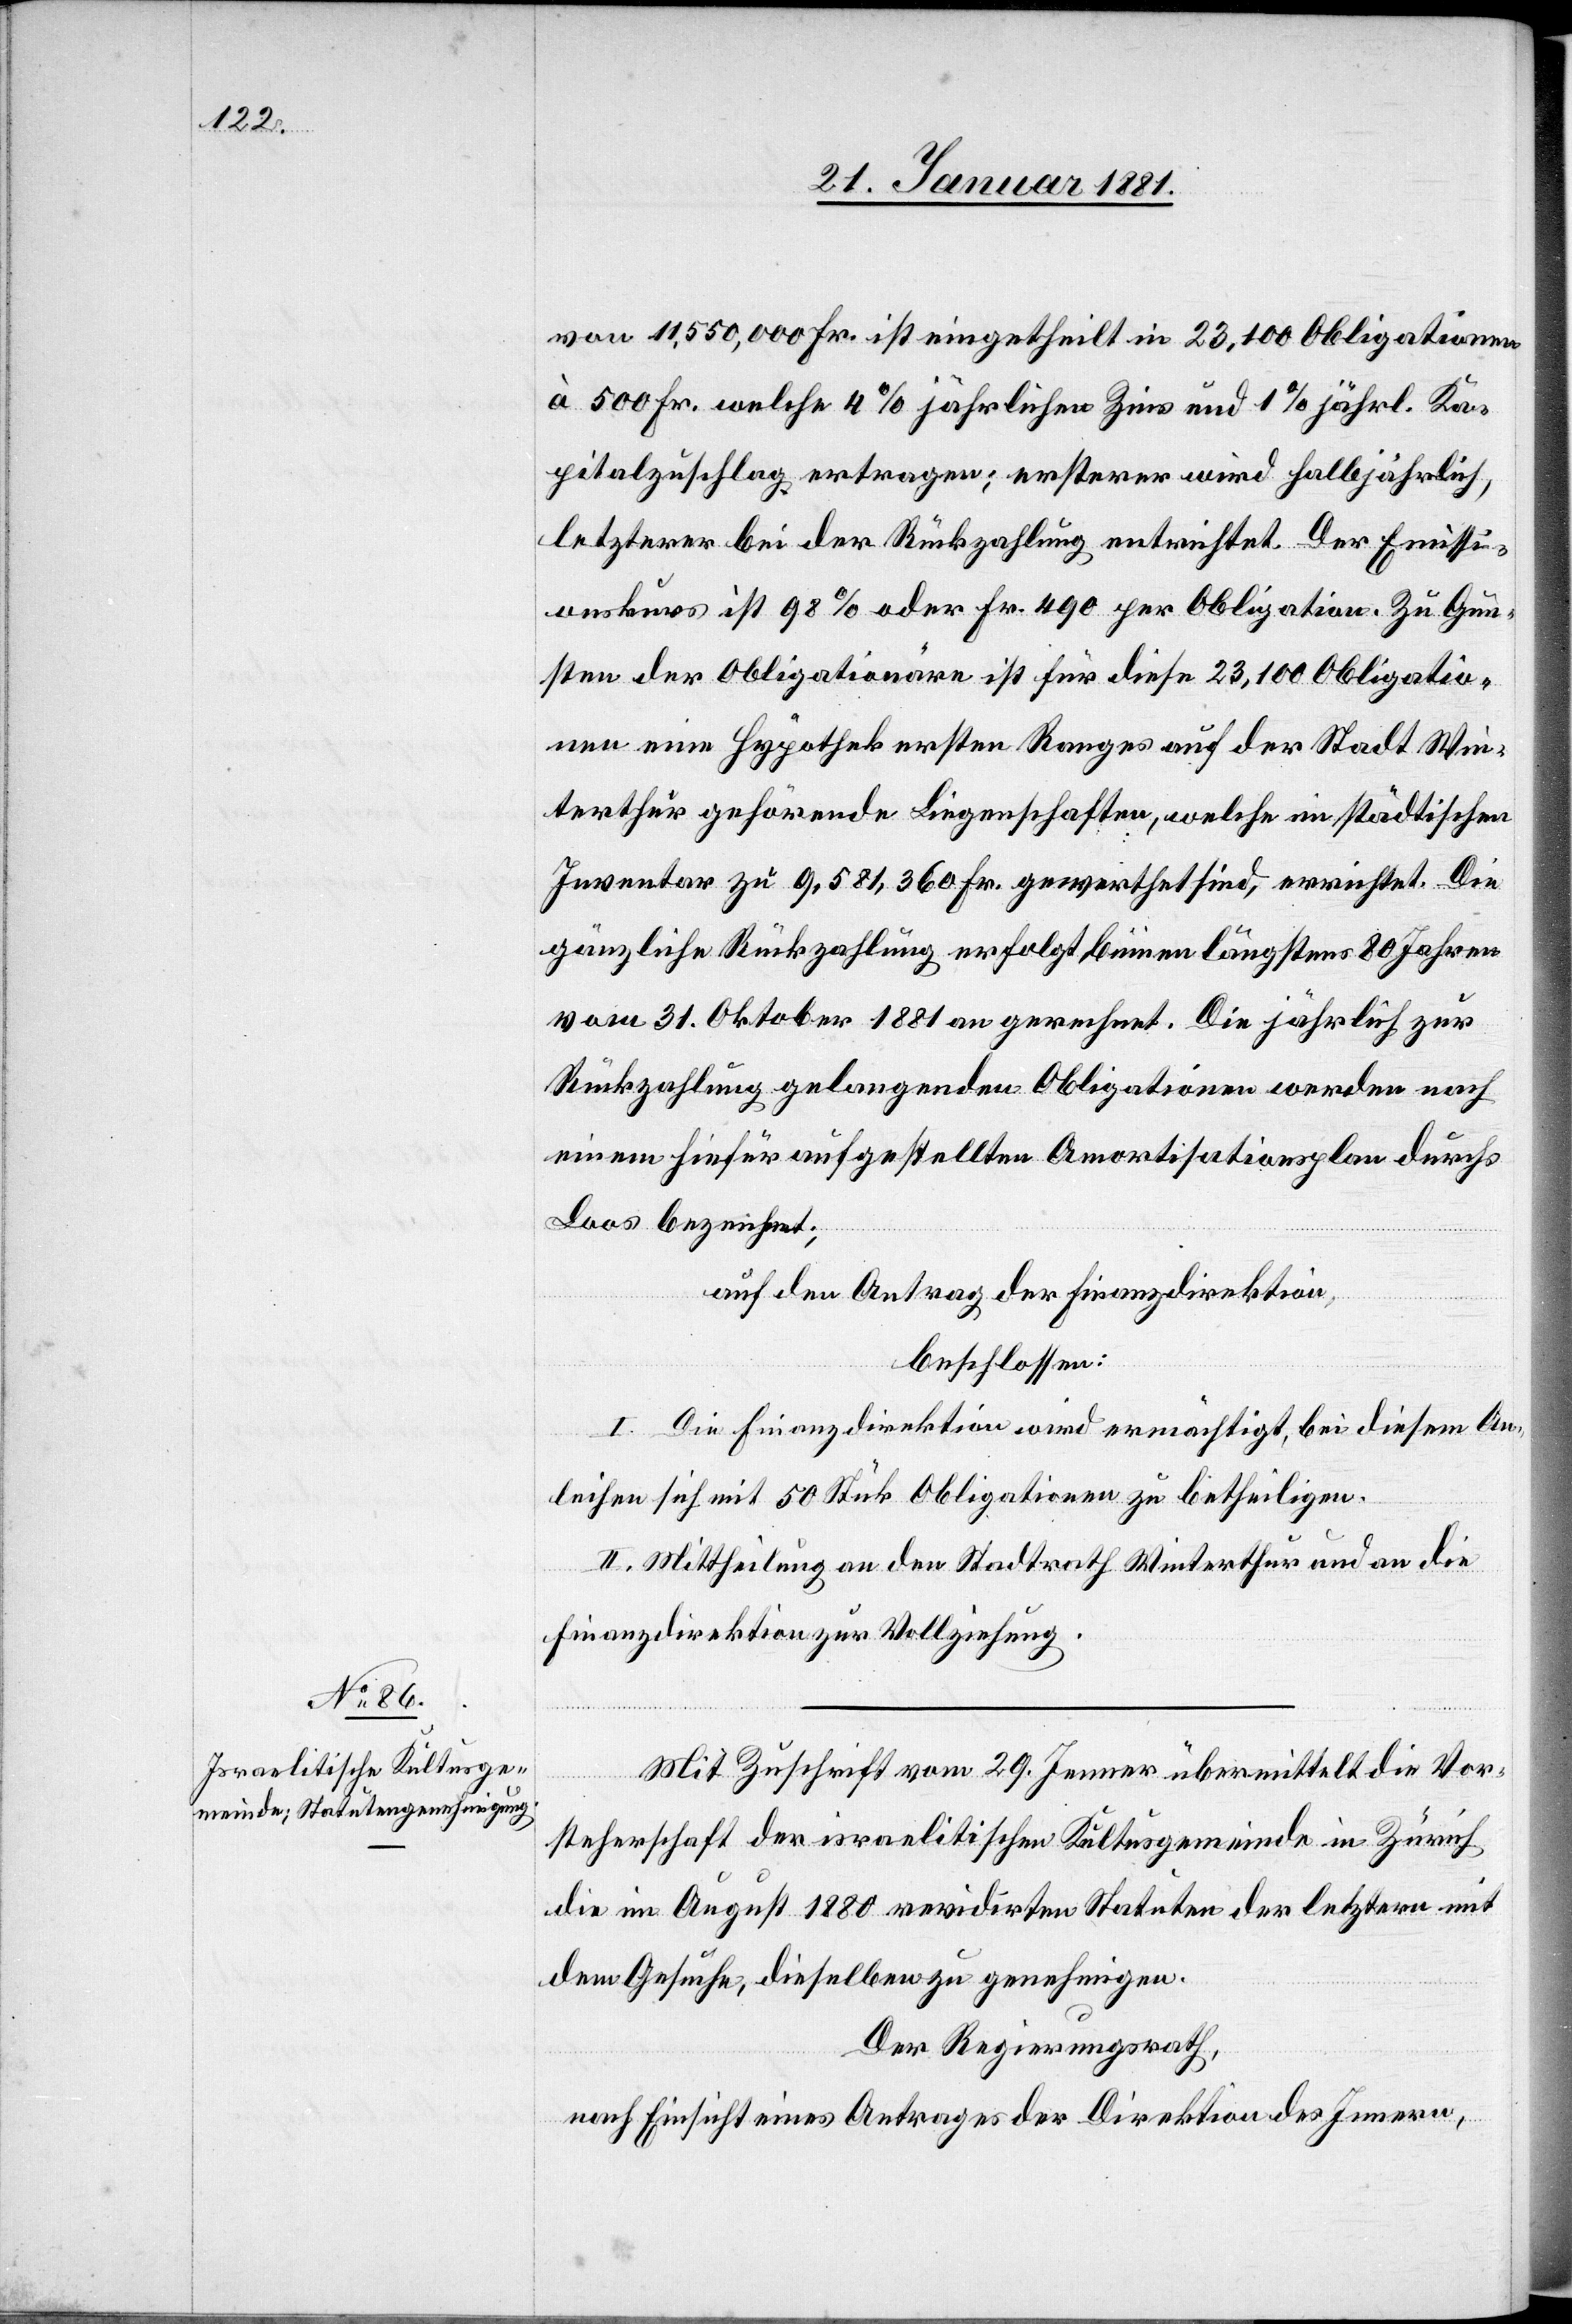
von 11,550,000 Fr. ist eingetheilt in 23,100 Obligationen
à 500 Fr. welche 4% jährlichen Zins und 1% jährl. Ka¬
pitalzuschlag ertragen; erstere wird halbjährlich,
letzterer bei der Rückzahlung entrichtet. Der Emissi¬
onskurs ist 98% oder Fr. 490 per Obligation. Zu Gun¬
sten der Obligationäre ist für diese 23,100 Obligatio¬
nen eine Hypothek ersten Ranges auf der Stadt Win¬
terthur gehörende Liegenschaften, welche im städtischen
Inventar zu 9,581,369 Fr. gewerthet sind, errichtet. Die
gänzliche Rückzahlung erfolgt binnen längstens 80 Jahren
vom 31. Oktober 1881 an gerechnet. Die jährlich zur
Rückzahlung gelangenden Obligationen werden nach
einem hiefür aufgestellten Amortisationsplan durchs
Loos bezeichnet;
auf den Antrag der Finanzdirektion,
beschlossen:
I. Die Finanzdirektion wird ermächtigt, bei diesem An¬
leihen sich mit 50 Stü[c]k Obligationen zu betheiligen.
II. Mittheilung an den Stadtrath Winterthur und an die
Finanzdirektion zur Vollziehung.
Mit Zuschrift vom 29. Jenner übermittelt die Vor¬
steherschaft der israelitischen Kultusgemeinde in Zürich
die im August 1880 revidirten Statuten der letztern mit
dem Gesuche, dieselben zu genehmigen.
Der Regierungsrath,
nach Einsicht eines Antrages der Direktion des Innern,